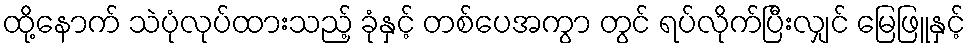
ထို့နောက် သဲပုံလုပ်ထားသည့် ခုံနှင့် တစ်ပေအကွာ တွင် ရပ်လိုက်ပြီးလျှင် မြေဖြူနှင့်